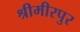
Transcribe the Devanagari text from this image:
श्रीमीरपुर